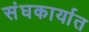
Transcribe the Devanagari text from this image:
संघकार्यात